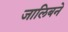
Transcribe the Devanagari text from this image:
जालिबने